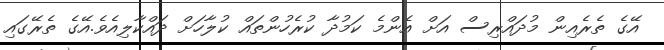
އޭގެ ތެރެއިން މުދައްރިސް އަށް އެންމެ ކަމުދާ ކުރެހުންތައް ކުލާހަށް ދައްކާލިއެވެ.އޭގެ ތެރޭގައި